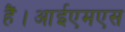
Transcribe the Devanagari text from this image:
हैं।आईएमएस